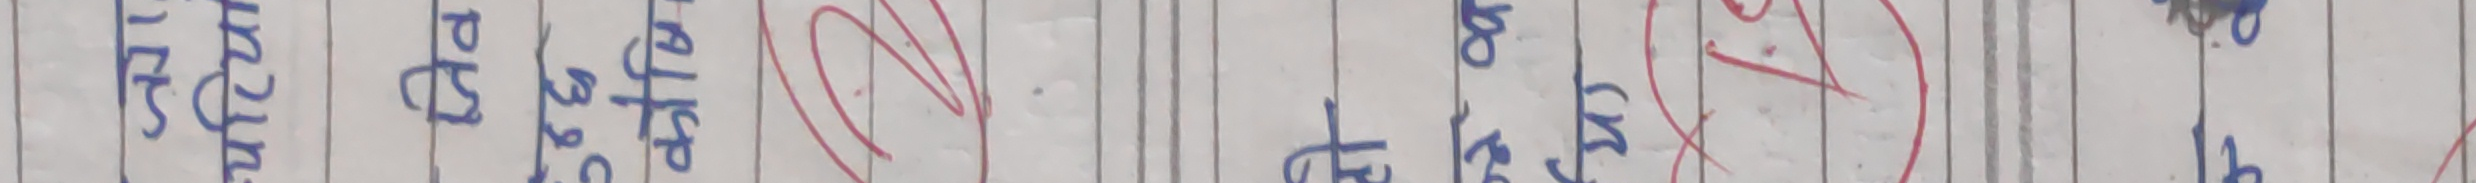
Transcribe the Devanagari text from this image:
रत्नपुर